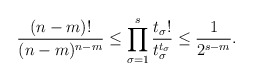
\begin{align*} \frac{(n-m)!}{(n-m)^{n-m}} \leq \prod_{\sigma = 1}^s \frac{t_\sigma!}{t_\sigma^{t_\sigma}} \leq \frac{1}{2^{s-m}}.\end{align*}